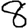
Digit: 8